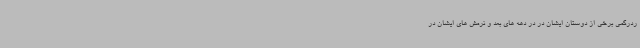
ردرگمی برخی از دوستان ایشان در در دهه های بعد و نرمش های ایشان در